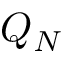
Q _ { N }